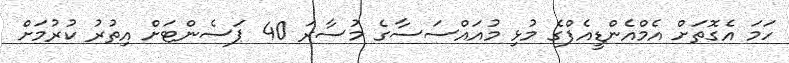
ހަމަ އެގޮތަށް އެމްއެންޑީއެފްގެ މުޅި މުއައްސަސާގެ މުސާރަ 40 ޕަސެންޓަށް އިތުރު ކުރުމަށް